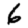
Digit: 6